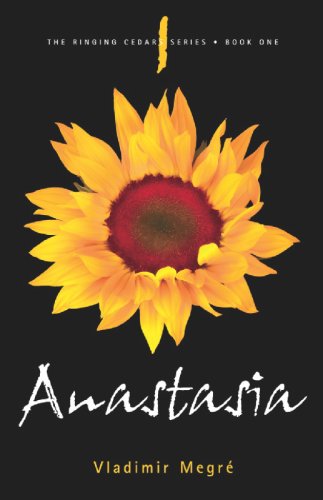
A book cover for Anastasia (The Ringing Cedars Series, Book 1); V Megre; Science & Math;